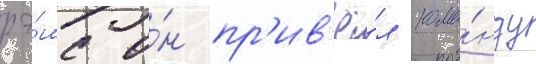
рэ́мс о́н пр'ив'ё́л кома́нду